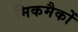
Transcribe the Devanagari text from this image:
मिकमैकों